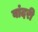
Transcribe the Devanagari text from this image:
वांदरी